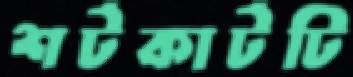
শর্টকার্টটি